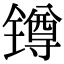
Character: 𨱔